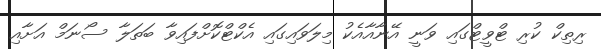
ރިތިކް ކުރި ޓްވީޓްގައި ވަނީ އޭނާއާއެކު މިލަވައިގައި އެކްޓްކޮށްފައިވާ ބަތަލާ ސޯނަމް އަށާއި